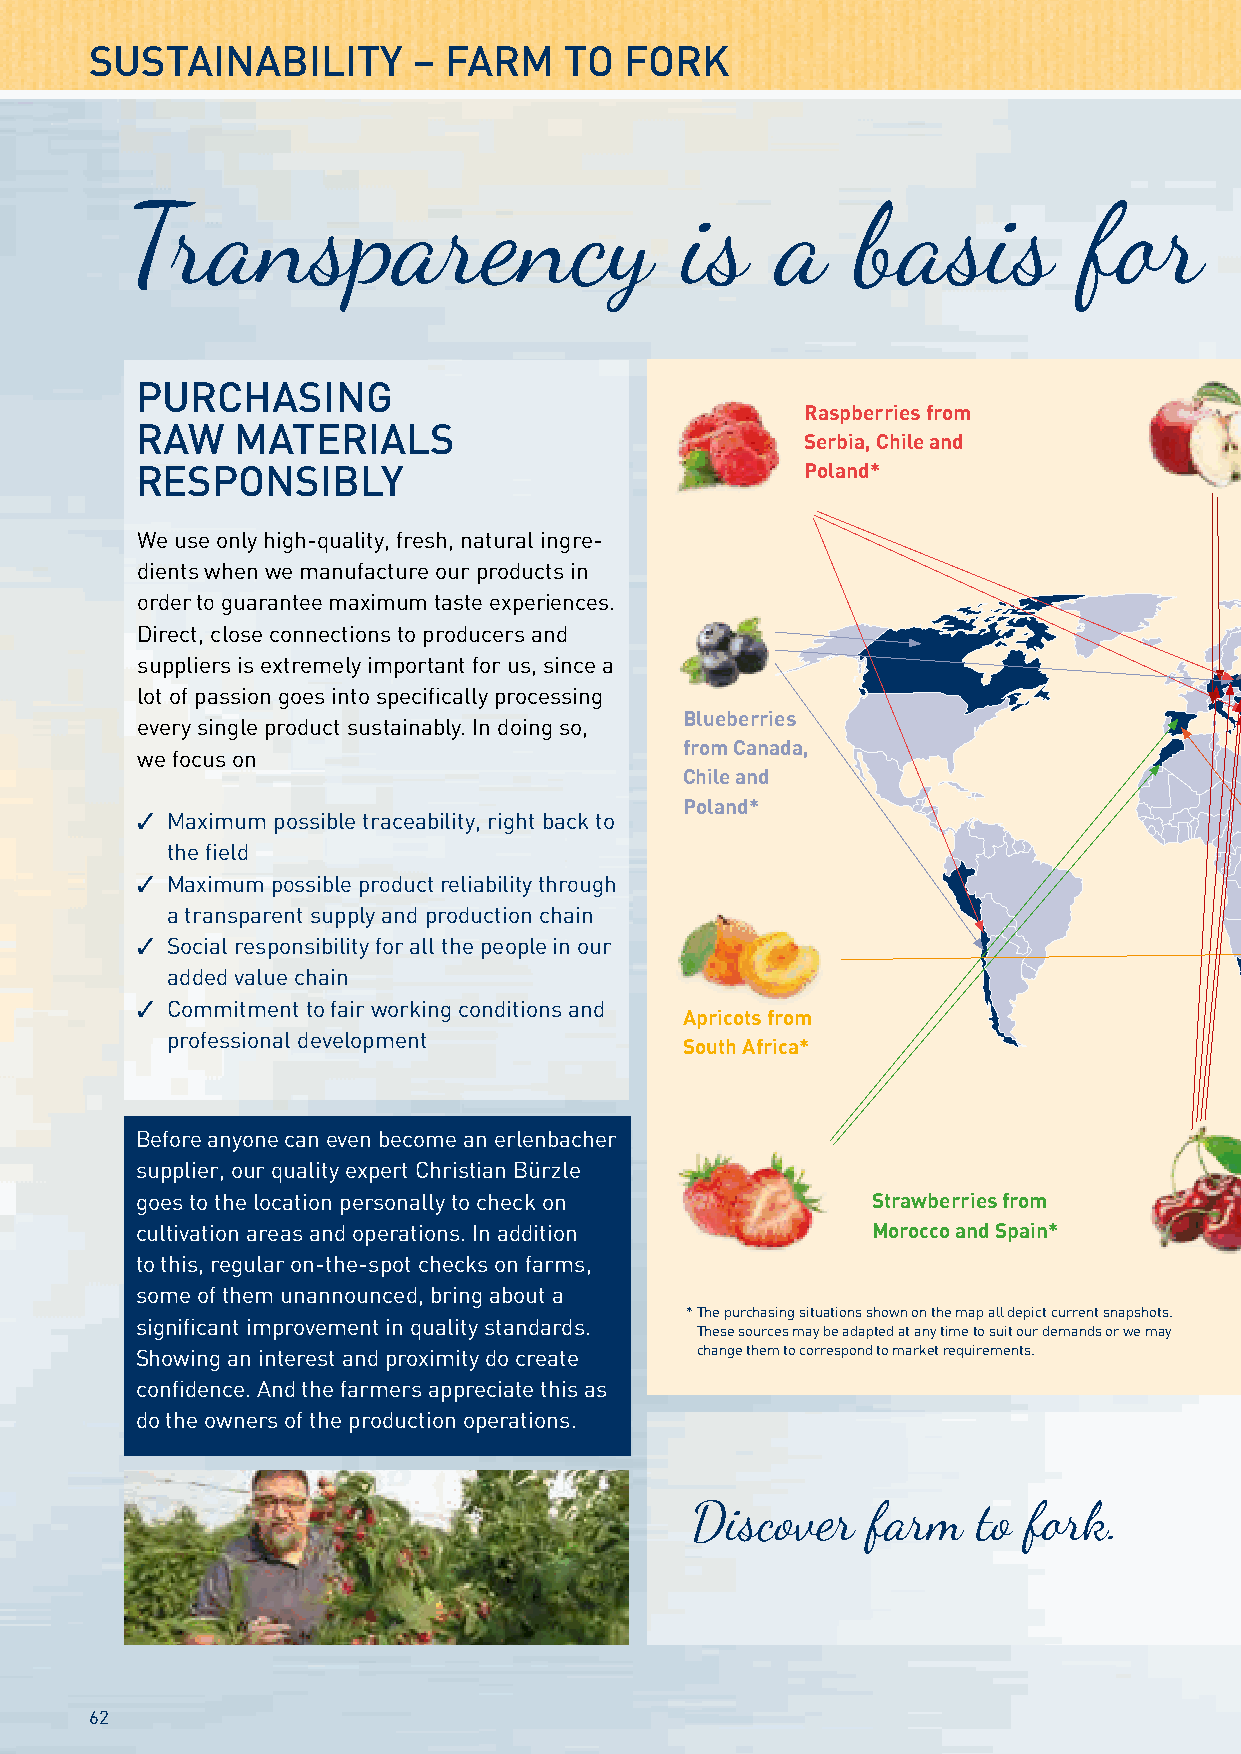
SUSTAINABILITY       – FARM    TO  FORK
 Transparency                         is    a     basis          for          quality
 PURCHASING
 Raspberries from
 RAW    MATERIALS
 Serbia, Chile and
 RESPONSIBLY                                 Poland*
 We use only high-quality, fresh, natural ingre-
 dients when we manufacture our products in
 order to guarantee maximum taste experiences.
 Direct, close connections to producers and
 suppliers is extremely important for us, since a
 lot of passion goes into specifically processing
 Blueberries
 every single product sustainably. In doing so,
 from Canada,
 we focus on
 Chile and
 Poland*
 ✓ Maximum possible traceability, right back to
 the field
 ✓ Maximum possible product reliability through
 a transparent supply and production chain
 ✓ Social responsibility for all the people in our
 added value chain
 ✓ Commitment to fair working conditions and
 Apricots from
 professional development
 South Africa*
 Before anyone can even become an erlenbacher
 supplier, our quality expert Christian Bürzle
 goes to the location personally to check on      Strawberries from
 cultivation areas and operations. In addition    Morocco and Spain*
 to this, regular on-the-spot checks on farms,
 some of them unannounced, bring about a
 * The purchasing situations shown on the map all depict current snapshots.
 significant improvement in quality standards.
 These sources may be adapted at any time to suit our demands or we may
 Showing an interest and proximity do create change them to correspond to market requirements.
 confidence. And the farmers appreciate this as
 do the owners of the production operations.
 Discover   farm    to fork.
 62